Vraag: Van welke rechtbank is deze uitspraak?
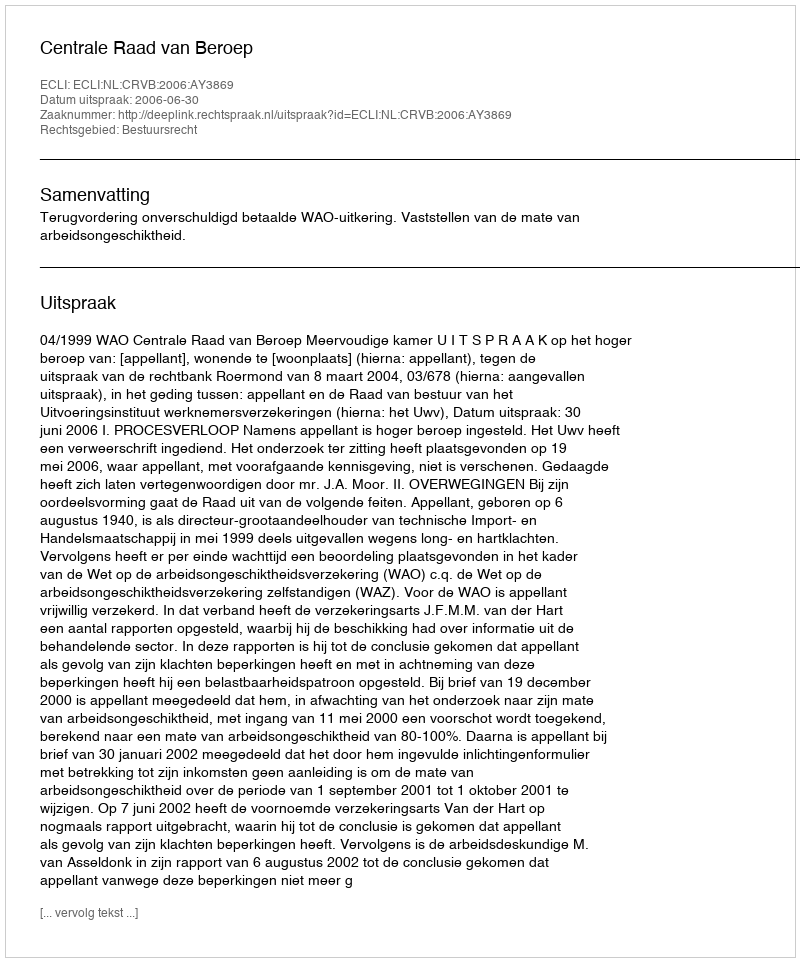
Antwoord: Centrale Raad van Beroep